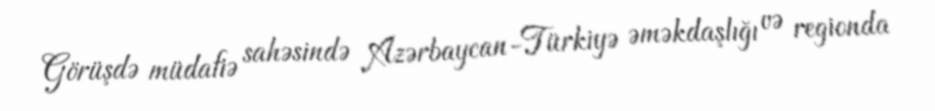
Görüşdə müdafiə sahəsində Azərbaycan-Türkiyə əməkdaşlığı və regionda